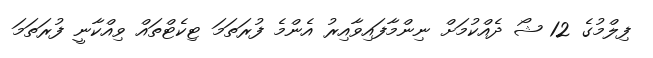
ފިލްމުގެ 12 ޝޯ ދެއްކުމަށް ނިންމާފައިވާއިރު އެންމެ ފުރަތަމަ ޓިކެޓްތައް ވިއްކާނީ ފުރަތަމަ